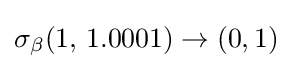
\sigma _{\beta }(1,\,1.0001)\to (0,1)